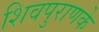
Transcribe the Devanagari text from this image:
शिवपुराणके